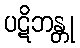
ပဋိဘန္တု